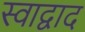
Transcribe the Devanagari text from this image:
स्वाद्वाद